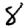
Digit: 8